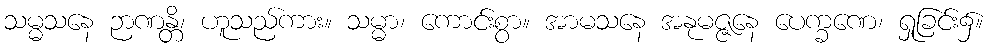
သမ္မသနေ ဉာဏန္တိ၊ ဟူသည်ကား။ သမ္မာ၊ ကောင်းစွာ။ အာမသနေ အနုမဇ္ဇနေ ပေက္ခဏေ၊ ရှုခြင်း၌။